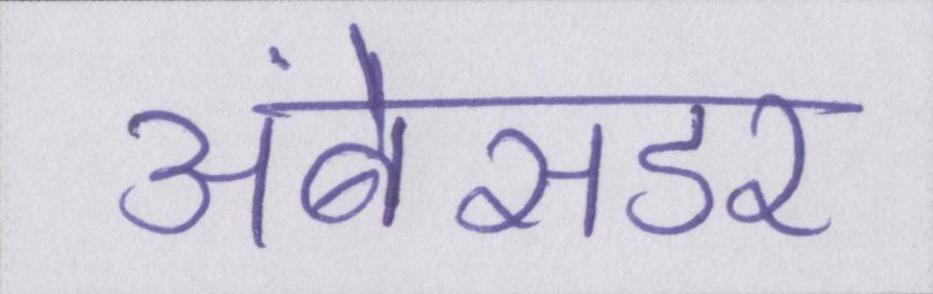
अंबेसडर